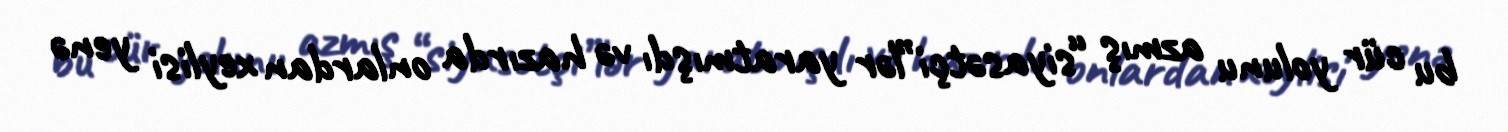
bu cür yolunu azmış “siyasətçi”lər yaratmışdı və hazırda onlardan xeylisi yenə